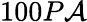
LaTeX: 100P\mathcal{A}